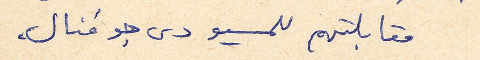
مقابلتهم للمسيو دى جوفنال.